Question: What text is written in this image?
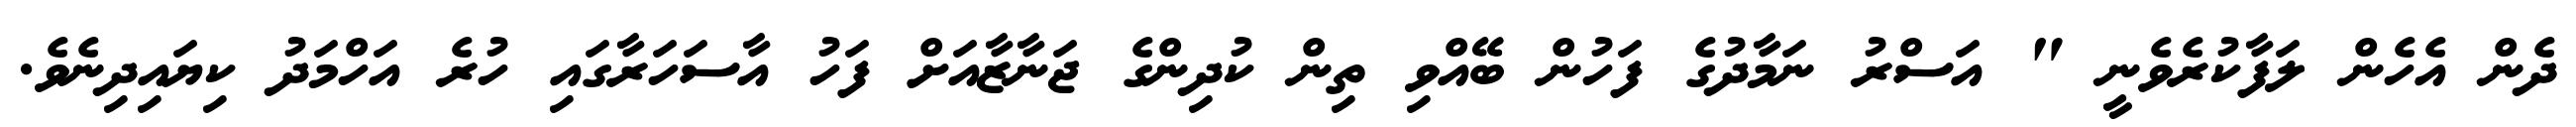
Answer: ދެން އެހެން ލަފާކުރެވެނީ " އަސްރު ނަމާދުގެ ފަހުން ބޭއްވި ތިން ކުދިންގެ ޖަނާޒާއަށް ފަހު އާސަހަރާގައި ހުރެ އަހްމަދު ކިޔައިދިނެވެ.